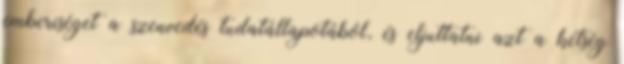
emberiséget a szenvedés tudatállapotából, és eljuttatni azt a kétség